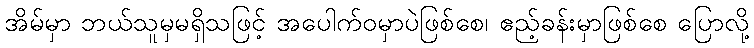
အိမ်မှာ ဘယ်သူမှမရှိသဖြင့် အပေါက်ဝမှာပဲဖြစ်စေ၊ ဧည့်ခန်းမှာဖြစ်စေ ပြောလို့